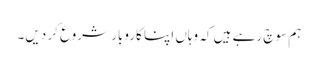
ہم سوچ رہے ہیں کہ وہاں اپنا کاروبار شروع کر دیں۔